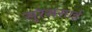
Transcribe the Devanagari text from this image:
सुरेससाई